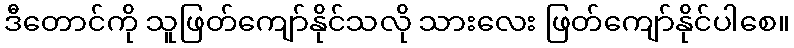
ဒီတောင်ကို သူဖြတ်ကျော်နိုင်သလို သားလေး ဖြတ်ကျော်နိုင်ပါစေ။